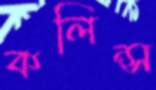
কলিন্স